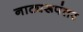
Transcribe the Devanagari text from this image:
नाट्यरूपंतर